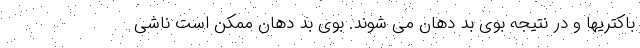
باکتریها و در نتیجه بوی بد دهان می شوند. بوی بد دهان ممکن است ناشی